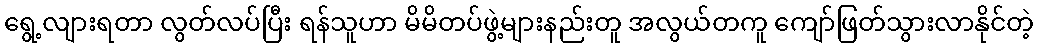
ရွေ့လျားရတာ လွတ်လပ်ပြီး ရန်သူဟာ မိမိတပ်ဖွဲ့များနည်းတူ အလွယ်တကူ ကျော်ဖြတ်သွားလာနိုင်တဲ့